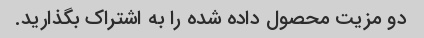
دو مزیت محصول داده شده را به اشتراک بگذارید.